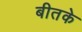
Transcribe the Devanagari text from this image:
बीतके